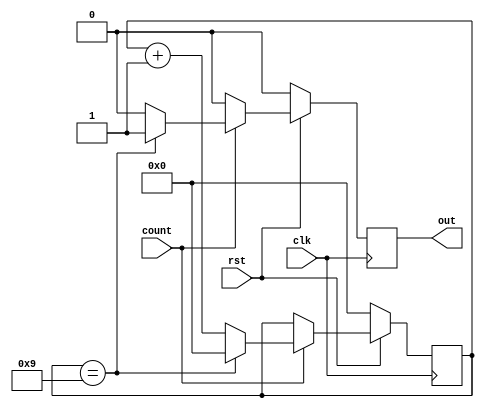
module count10(clk,rst,count,out);
input clk,rst,count;
output reg out;
reg [6:0] counter;

	always@(posedge clk)
	begin
	
		if(rst==0)
			begin
	
				out<=0;
				counter<=0;

			end

		else
			begin

				if(count==1)
				begin
					counter<=counter+1;
					if(counter==9)
						begin
							out<=1;
							counter<=0;
						end
					else
						begin
							out<=0;
						end
				end
				else
					begin
				
						out<=0;
					end
			end
	end
endmodule